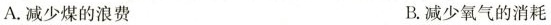
A.减少煤的浪费 B.减少氧气的消耗